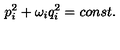
p _ { i } ^ { 2 } + \omega _ { i } q _ { i } ^ { 2 } = c o n s t .